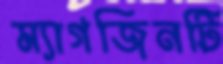
ম্যাগজিনটি